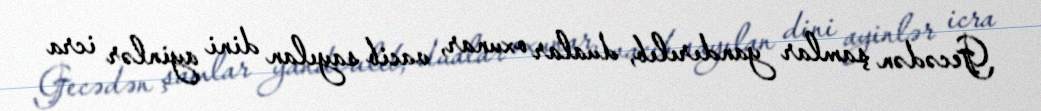
Gecədən şamlar yandırılıb, dualar oxunar, vacib sayılan dini ayinlər icra